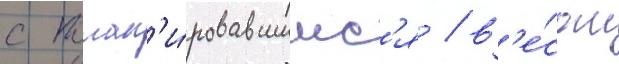
с план'и́ровавшимс'я / в'е́сом